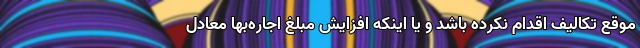
موقع تکالیف اقدام نکرده باشد و یا اینکه افزایش مبلغ اجاره‌بها معادل